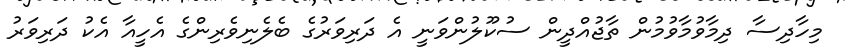
މިހާދިސާ ދިމާވުމާވުމުން ތާޖުއްދީން ސުކޫލުންވަނީ އެ ދަރިވަރުގެ ބެލެނިވެރިންގެ އެހީއާ އެކު ދަރިވަރު